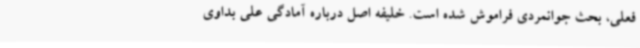
فعلی، بحث جوانمردی فراموش شده است. خلیفه اصل درباره آمادگی علی بداوی